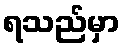
ရသည်မှာ